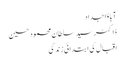
آبا ؤاجداد
ڈاکٹر سید سلطان محمود حسین
اقبال کی ابتدائی زندگی